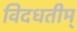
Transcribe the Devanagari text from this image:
विदधतीम्